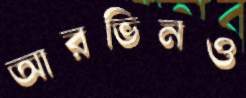
আরভিনও